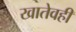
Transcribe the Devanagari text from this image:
खातेवही